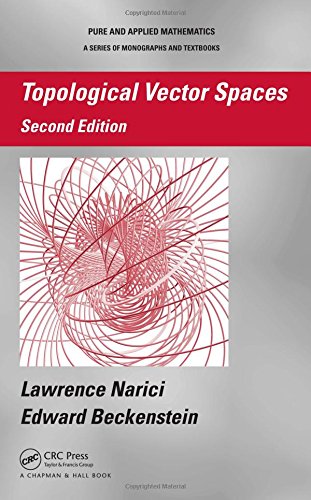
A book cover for Topological Vector Spaces, Second Edition (Chapman & Hall/CRC Pure and Applied Mathematics); Lawrence Narici; Science & Math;